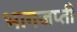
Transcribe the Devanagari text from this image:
भागजप्ती